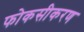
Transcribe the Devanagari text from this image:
फोकसीकरण